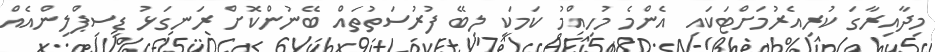
މިދާއިރާގަ ކުރިއެރުމަށްޓަކައި އެންމެ މުހިއްމު ކަމަކީ ލިބޭ ފުރުސަތުތައް ބޭނުންކޮށް ރަނގަޅު ޑިސިޕްލިންއެއް